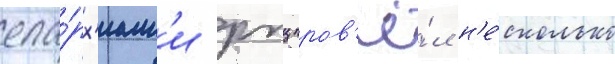
епа́рх'иам'и рпц пров'ё́л н'е́сколько